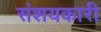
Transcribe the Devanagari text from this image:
संशयकारी